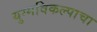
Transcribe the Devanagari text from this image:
युग्मविकल्पाचा